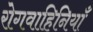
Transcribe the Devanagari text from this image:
रोगवाहिनियाँ